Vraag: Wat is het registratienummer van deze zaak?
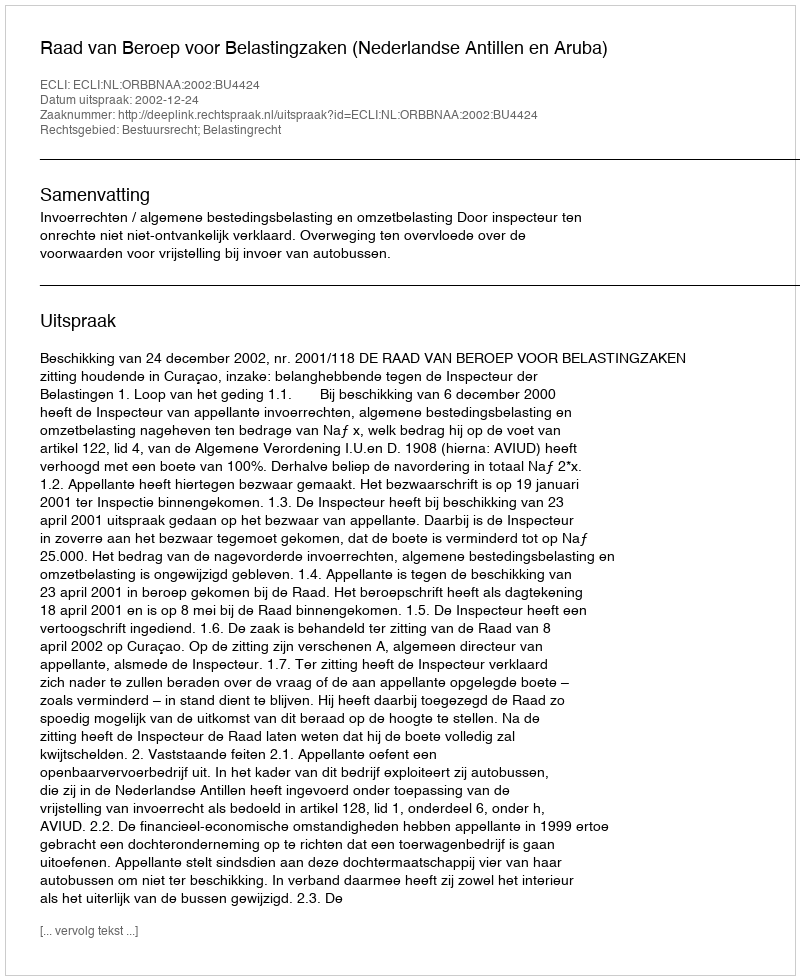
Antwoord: http://deeplink.rechtspraak.nl/uitspraak?id=ECLI:NL:ORBBNAA:2002:BU4424